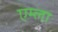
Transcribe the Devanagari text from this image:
एम्ला